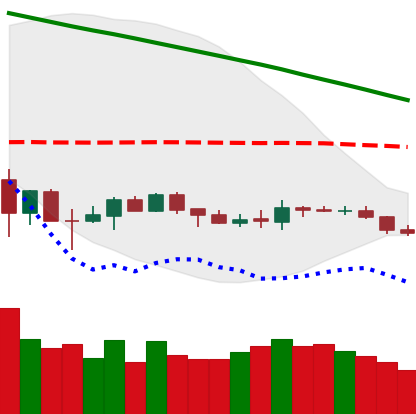
Ticker: BNB-USD
Chart end date: 2019-12-11
Forward return: -8.538%
Label: down_7plus